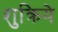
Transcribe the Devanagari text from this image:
शुक्रिये